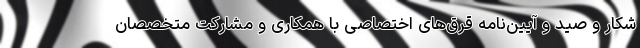
شکار و صید و آیین‌نامه قرق‌های اختصاصی با همکاری و مشارکت متخصصان